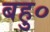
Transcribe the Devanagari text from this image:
बहु०